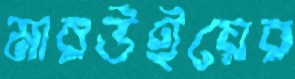
মারউইয়ের